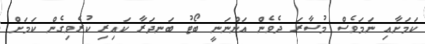
ކަމަށާއި ނަމަވެސް މުސާރަ ދެވެން އަންނަނީ ބޯޓު ބަނދަރާ ކައިރި ކުރެވިގެން ކަމަށް